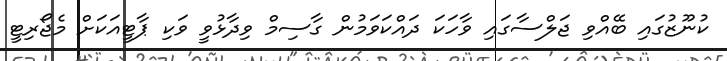
ކުނޫޒުގައި ބޭއްވި ޖަލްސާގައި ވާހަކަ ދައްކަވަމުން ގާސިމް ވިދާޅުވީ ވަކި ޕާޓީއަކަށް މެޖޯރިޓީ